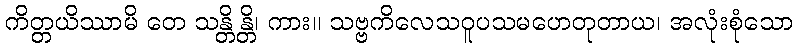
ကိတ္တယိဿာမိ တေ သန္တိန္တိ၊ ကား။ သဗ္ဗကိလေသဝူပသမဟေတုတာယ၊ အလုံးစုံသော